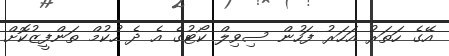
އޭގެ ހަތަރު އަހަރު ފަހުން ސިވިލް ކޯޓުގެ އެ ދެ ހުކުމް ތަންފީޒުކޮށް